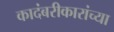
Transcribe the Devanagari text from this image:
कादंबरीकारांच्या